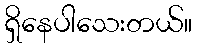
ရှိနေပါသေးတယ်။